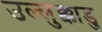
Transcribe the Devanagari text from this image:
उल्लुक्काडु